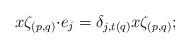
LaTeX: \begin{align*}{x\zeta_{(p, q)}}{\cdot} e_{j}=\delta_{j, t(q)}x\zeta_{(p, q)};\end{align*}